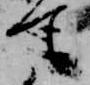
て